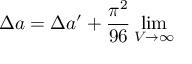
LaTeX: \Delta a = \Delta a ^ { \prime } + { \frac { \pi ^ { 2 } } { 9 6 } \operatorname * { l i m } _ { V \rightarrow \infty } }